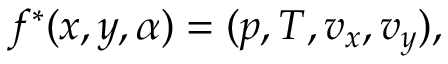
f ^ { * } ( x , y , \alpha ) = ( p , T , v _ { x } , v _ { y } ) ,